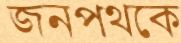
জনপথকে